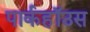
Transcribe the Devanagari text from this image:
पार्कहॉउस